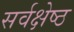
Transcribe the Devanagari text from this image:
सर्वक्षेष्ठ